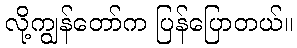
လို့ကျွန်တော်က ပြန်ပြောတယ်။